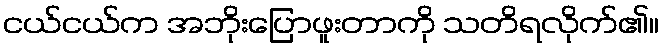
ငယ်ငယ်က အဘိုးပြောဖူးတာကို သတိရလိုက်၏။